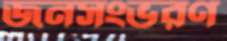
জনসংভরণ